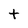
Character: t